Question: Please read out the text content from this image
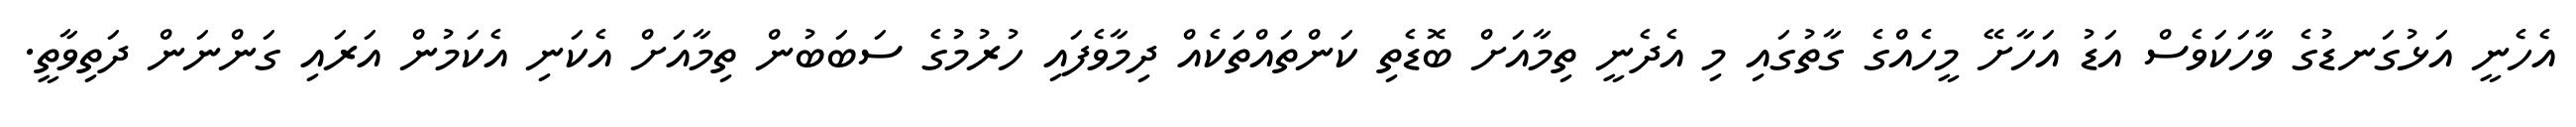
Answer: އެހެނީ އަޅުގަނޑުގެ ވާހަކަވެސް އަޑު އަހާށޭ މީހެއްގެ ގާތުގައި މި އެދެނީ ތިމާއަށް ބޮޑެތި ކަންތައްތަކެއް ދިމާވެފައި ހުރުމުގެ ސަބަބުން ތިމާއަށް އެކަނި އެކަމުން އަރައި ގަންނަން ދަތިވާތީ.